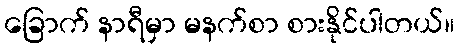
ခြောက် နာရီမှာ မနက်စာ စားနိုင်ပါတယ်။